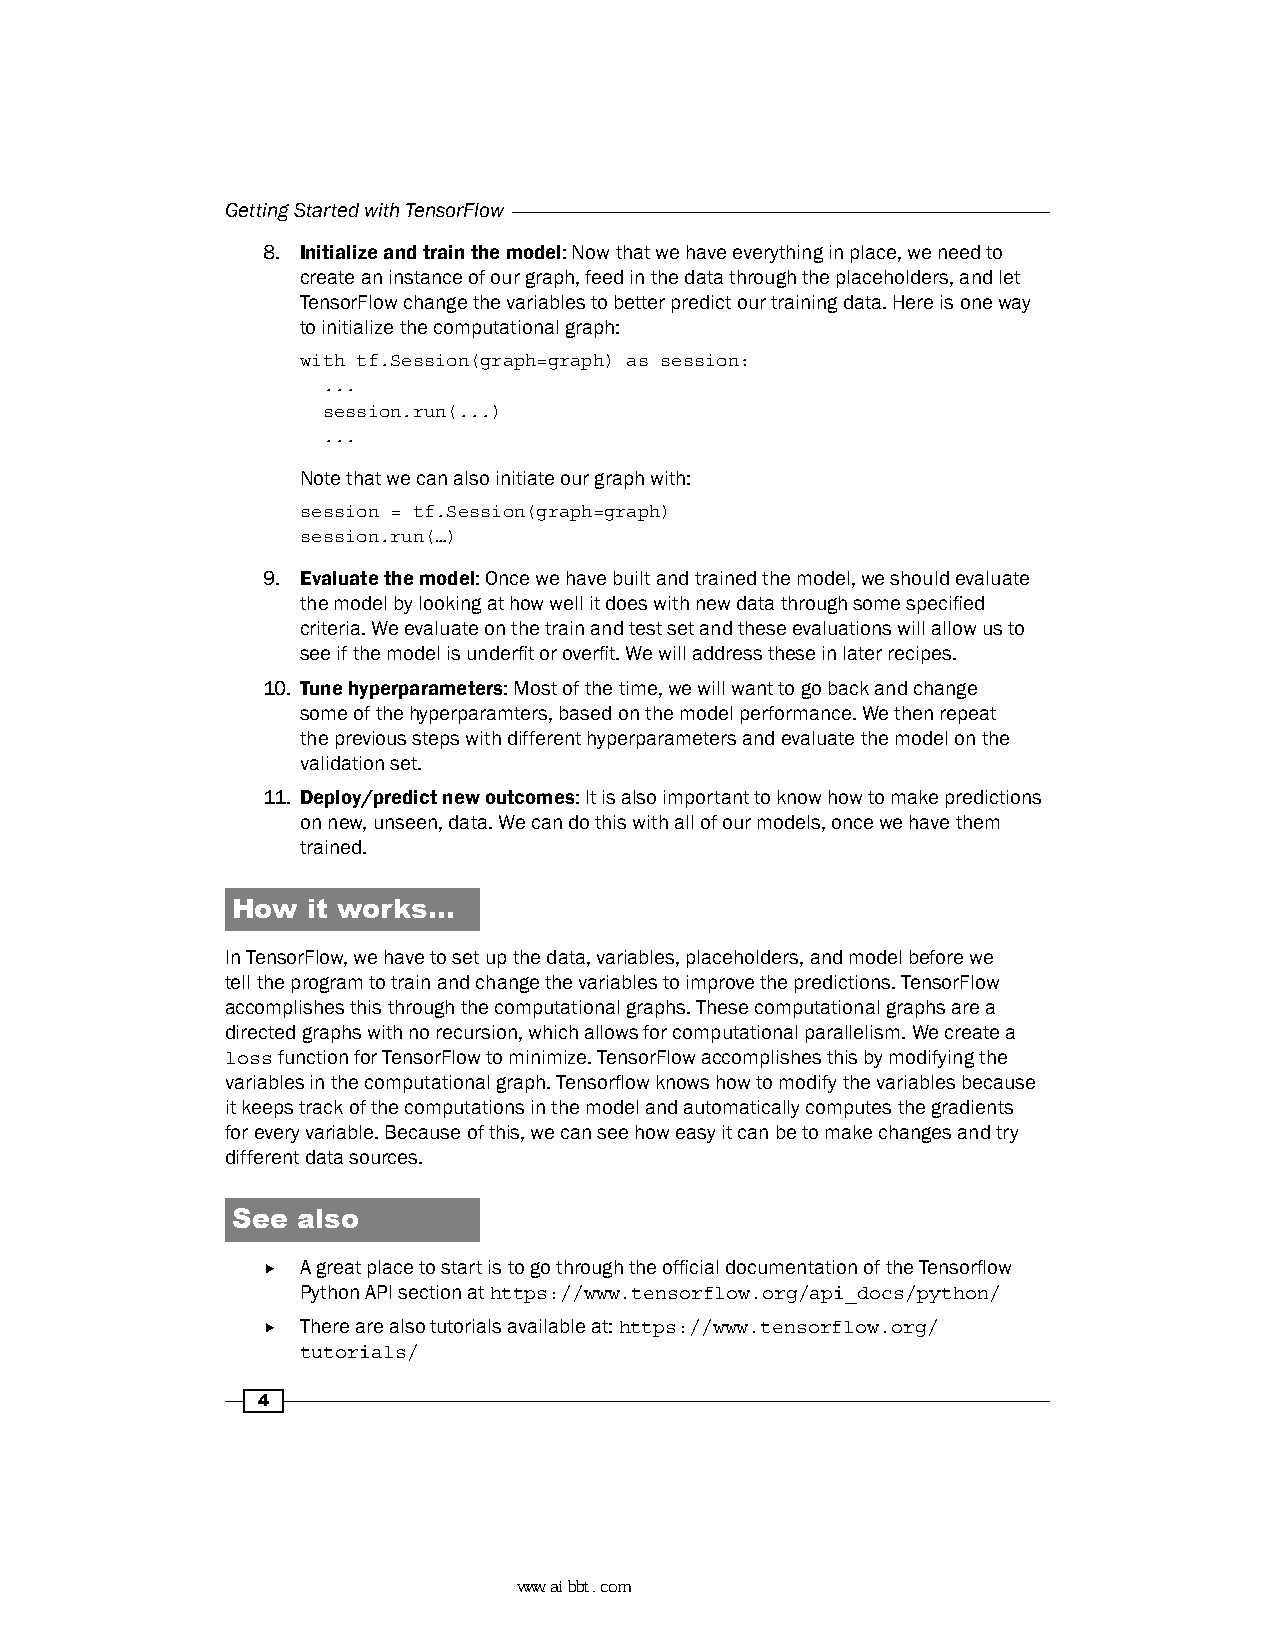
Getting Started with TensorFlow
 8. Initialize and train the model: Now that we have everything in place, we need to
 create an instance of our graph, feed in the data through the placeholders, and let
 TensorFlow change the variables to better predict our training data. Here is one way
 to initialize the computational graph:
 with tf.Session(graph=graph) as session:
 ...
 session.run(...)
 ...
 Note that we can also initiate our graph with:
 session = tf.Session(graph=graph)
 session.run(…)
 9. Evaluate the model: Once we have built and trained the model, we should evaluate
 the model by looking at how well it does with new data through some specified
 criteria. We evaluate on the train and test set and these evaluations will allow us to
 see if the model is underfit or overfit. We will address these in later recipes.
 10. Tune hyperparameters: Most of the time, we will want to go back and change
 some of the hyperparamters, based on the model performance. We then repeat
 the previous steps with different hyperparameters and evaluate the model on the
 validation set.
 11. Deploy/predict new outcomes: It is also important to know how to make predictions
 on new, unseen, data. We can do this with all of our models, once we have them
 trained.
 How  it works…
 In TensorFlow, we have to set up the data, variables, placeholders, and model before we
 tell the program to train and change the variables to improve the predictions. TensorFlow
 accomplishes this through the computational graphs. These computational graphs are a
 directed graphs with no recursion, which allows for computational parallelism. We create a
 loss function for TensorFlow to minimize. TensorFlow accomplishes this by modifying the
 variables in the computational graph. Tensorflow knows how to modify the variables because
 it keeps track of the computations in the model and automatically computes the gradients
 for every variable. Because of this, we can see how easy it can be to make changes and try
 different data sources.
 See  also
 f  A great place to start is to go through the official documentation of the Tensorflow
 Python API section at https://www.tensorflow.org/api_docs/python/
 f  There are also tutorials available at: https://www.tensorflow.org/
 tutorials/
 4
 www.aibbt.com 让未来触手可及